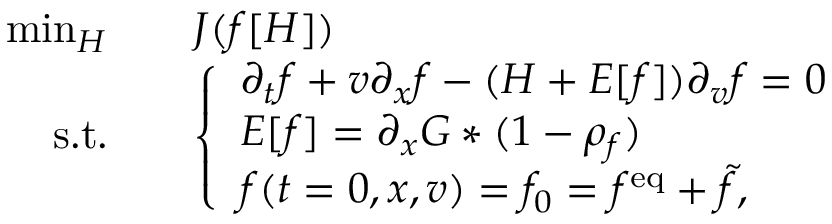
\begin{array} { r l } { \operatorname* { m i n } _ { H } \quad } & { J ( f [ H ] ) } \\ { \mathrm { s . t . } \quad } & { \left\{ \begin{array} { l l } { \partial _ { t } f + v \partial _ { x } f - ( H + E [ f ] ) \partial _ { v } f = 0 } \\ { E [ f ] = \partial _ { x } G \ast ( 1 - \rho _ { f } ) } \\ { f ( t = 0 , x , v ) = f _ { 0 } = f ^ { \mathrm { e q } } + \tilde { f } , } \end{array} \right. } \end{array}